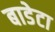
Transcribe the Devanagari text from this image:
बाडेटा